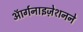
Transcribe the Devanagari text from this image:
ऑर्गनाइज़ेशनने